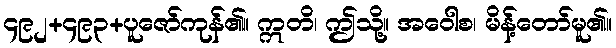
၄၉၂+၄၉၃+ပူဇော်ကုန်၏။ ဣတိ၊ ဤသို့။ အဝေါစ၊ မိန့်တော်မူ၏။